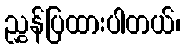
ညွှန်ပြထားပါတယ်၊